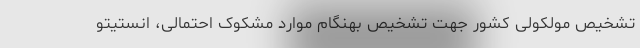
تشخیص مولکولی کشور جهت تشخیص بهنگام موارد مشکوک احتمالی، انستیتو